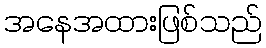
အနေအထားဖြစ်သည်